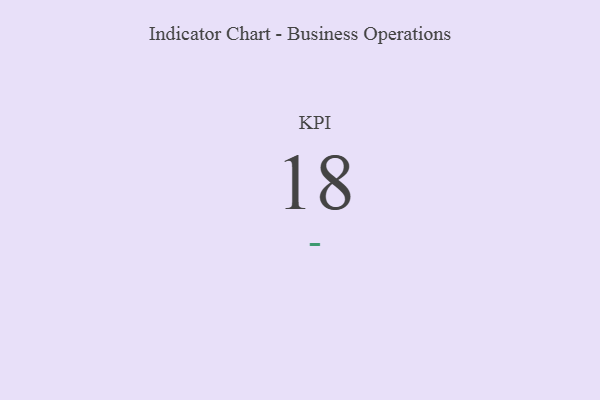
{"axis": {"x": "KPI", "y": "Value"}, "legend": [""], "data": [{"x": "KPI", "y": 18, "type": ""}]}